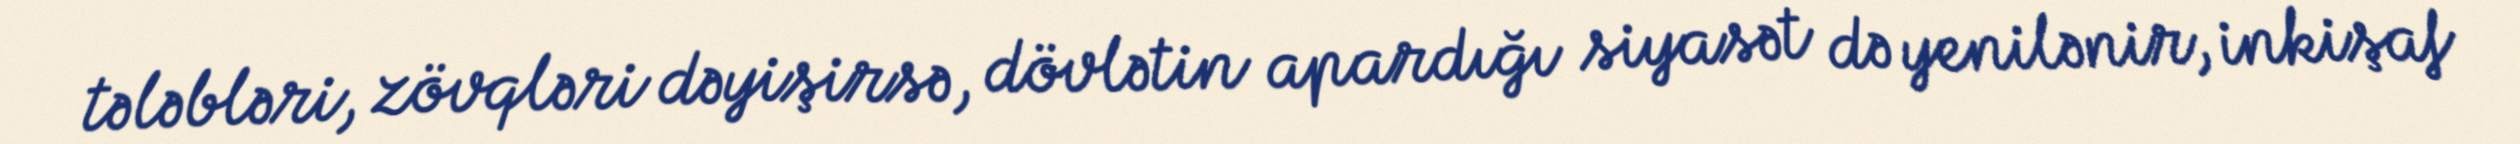
tələbləri, zövqləri dəyişirsə, dövlətin apardığı siyasət də yenilənir, inkişaf